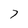
Character: 7